Notes on vaccination in the North-West Frontier Province 1923-1928 - 1923-1928
Year: 1923
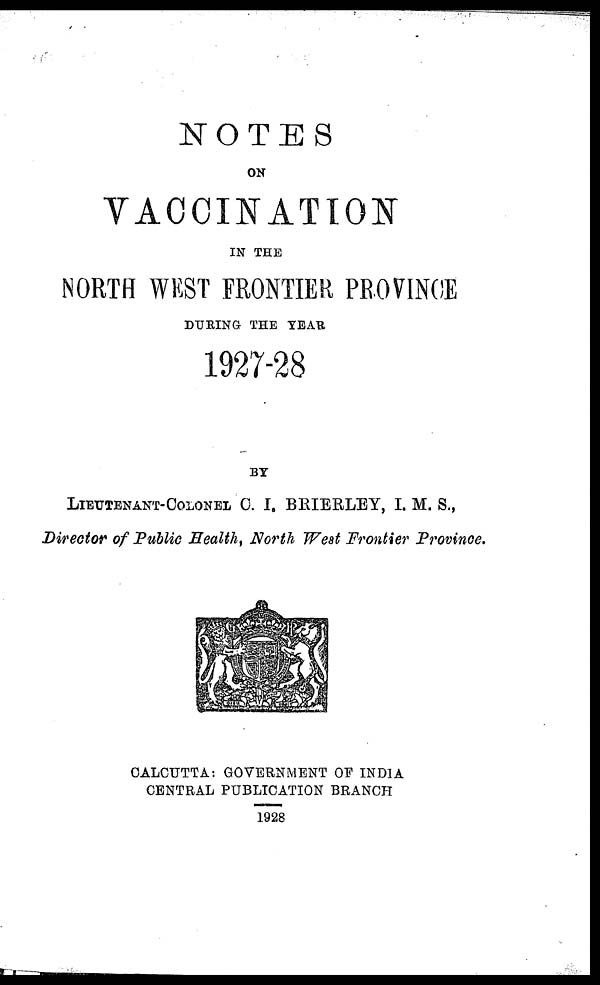
NOTES
ON
VACCINATION
IN THE
NORTH WEST FRONTIER PROVINCE
DURING THE YEAR
1927-28
BY
LIEUTENANT-COLONEL C. I. BRIERLEY, I. M. S.,
Director of Public Health, North West Frontier Province.
CALCUTTA: GOVERNMENT OF INDIA
CENTRAL PUBLICATION BRANCH
1928